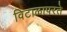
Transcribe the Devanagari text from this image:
विटाळापरते